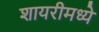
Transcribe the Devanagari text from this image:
शायरीमध्ये